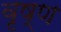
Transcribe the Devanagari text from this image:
वृष्ण